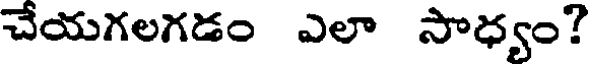
చేయగలగడం ఎలా సాధ్యం?